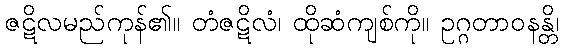
ဇဋိလမည်ကုန်၏။ တံဇဋိလံ၊ ထိုဆံကျစ်ကို။ ဥဂ္ဂတာဝနန္တိ၊